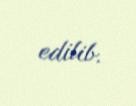
edilib.